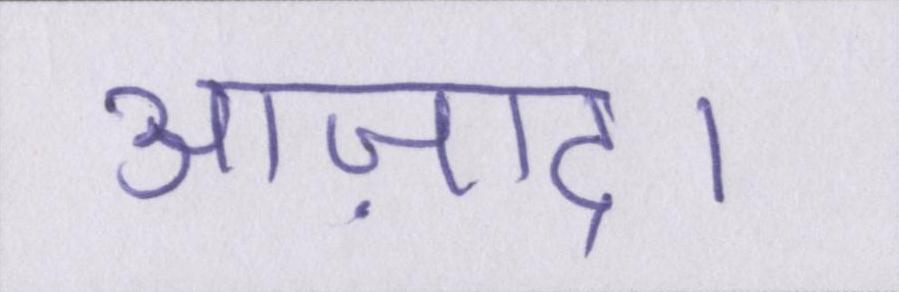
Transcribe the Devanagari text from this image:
आज़ाद।